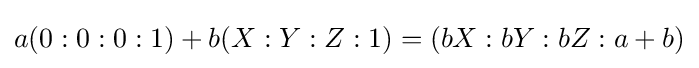
a(0:0:0:1)+b(X:Y:Z:1)=(bX:bY:bZ:a+b)